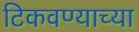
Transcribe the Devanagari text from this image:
टिकवण्याच्या